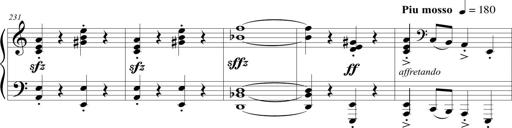
Title: Sonatina (Piano Sonata No.9)
Composer: Richard St. Clair